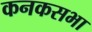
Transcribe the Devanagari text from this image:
कनकसभा